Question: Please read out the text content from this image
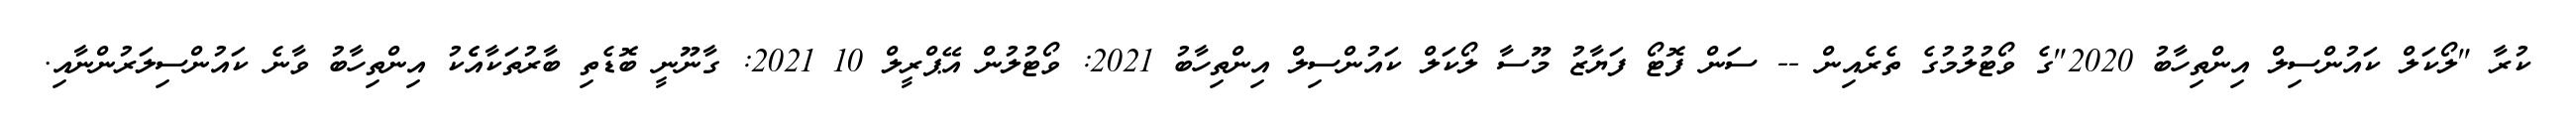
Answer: ކުރާ "ލޯކަލް ކައުންސިލް އިންތިހާބު 2020"ގެ ވޯޓުލުމުގެ ތެރެއިން -- ސަން ފޮޓޯ ފަޔާޒު މޫސާ ލޯކަލް ކައުންސިލް އިންތިހާބު 2021: ވޯޓުލުން އޭޕްރީލް 10 2021: ގާނޫނީ ބޮޑެތި ބާރުތަކާއެެކު އިންތިހާބު ވާނެ ކައުންސިލަރުންނާއި.